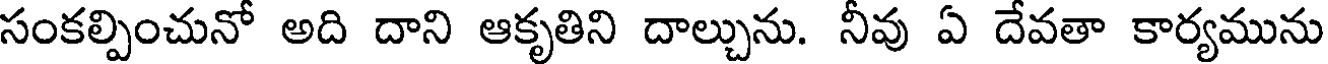
సంకల్పించునో అది దాని ఆకృతిని దాల్చును. నీవు ఏ దేవతా కార్యమును